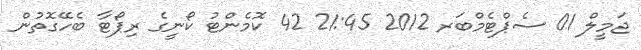
ޖަމީލް 01 ސެޕްޓެމްބަރ 2012 21:45 42 ކޮމެންޓު ކޯނީގެ ރިޕޯޓާ ބެހޭގޮތުން